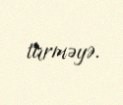
türməyə.